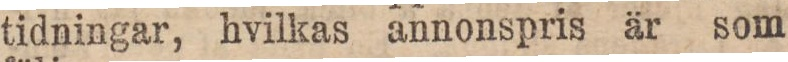
tidningar, hvilkas annonspris är som